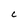
Character: c